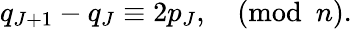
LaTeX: q_{J+1}-q_{J}\equiv 2p_{J},\quad(\mathrm{mod}\, \, \, n).